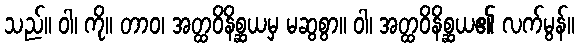
သည်။ ဝါ၊ ကို။ တာဝ၊ အတ္ထဝိနိစ္ဆယမှ မဆွစွာ။ ဝါ၊ အတ္ထဝိနိစ္ဆယ၏ လက်မွန်။